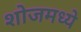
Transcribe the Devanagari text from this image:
शोजमध्ये